Vaccination in Bombay 1913-1923 - 1913-1923
Year: 1913
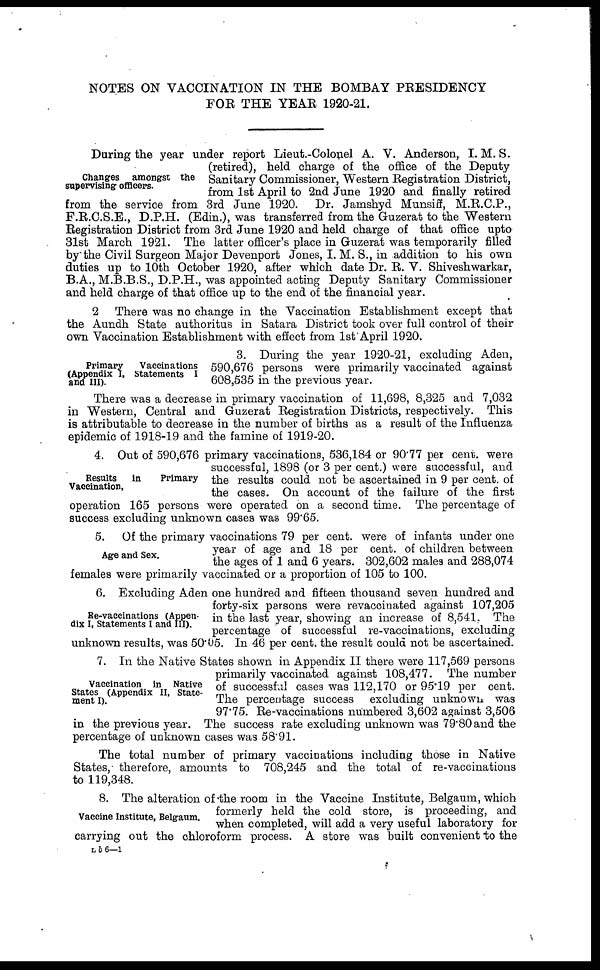
NOTES ON VACCINATION IN THE BOMBAY PRESIDENCY
FOR THE YEAR 1920-21.
Changes amongst the
supervising officers.
During the year under report Lieut.-Colonel A. V. Anderson, I. M. S.
(retired), held charge of the office of the Deputy
Sanitary Commissioner, Western Registration District,
from 1st April to 2nd June 1920 and finally retired
from the service from 3rd June 1920. Dr. Jamshyd Munsiff, M.R.C.P.,
F.R.C.S.E., D.P.H. (Edin.), was transferred from the Guzerat to the Western
Registration District from 3rd June 1920 and held charge of that office upto
31st March 1921. The latter officer's place in Guzerat was temporarily filled
by the Civil Surgeon Major Devenport Jones, I. M. S., in addition to his own
duties up to 10th October 1920, after which date Dr. R. V. Shiveshwarkar,
B.A., M.B.B.S., D.P.H., was appointed acting Deputy Sanitary Commissioner
and held charge of that office up to the end of the financial year.
2 There was no change in the Vaccination Establishment except that
the Aundh State authoritus in Satara District took over full control of their
own Vaccination Establishment with effect from 1st April 1920.
Primary Vaccinations
(Appendix I, statements I
and III).
3. During the year 1920-21, excluding Aden,
590,676 persons were primarily vaccinated against
608,535 in the previous year.
There was a decrease in primary vaccination of 11,698, 8,325 and 7,032
in Western, Central and Guzerat Registration Districts, respectively. This
is attributable to decrease in the number of births as a result of the Influenza
epidemic of 1918-19 and the famine of 1919-20.
Results in
Primary
Vaccination,
4. Out of 590,676 primary vaccinations, 536,184 or 90.77 per cent. were
successful, 1898 (or 3 per cent.) were successful, and
the results could not be ascertained in 9 per cent. of
the cases. On account of the failure of the first
operation 165 persons were operated on a second time. The percentage of
success excluding unknown cases was 99.65.
Age and Sex.
5. Of the primary vaccinations 79 per cent. were of infants under one
year of age and 18 per cent. of children between
the ages of 1 and 6 years. 302,602 males and 288,074
females were primarily vaccinated or a proportion of 105 to 100.
Re-vaccinations (Appen-
dix I, Statements I and III).
6. Excluding Aden one hundred and fifteen thousand seven hundred and
forty-six persons were revaccinated against 107,205
in the last year, showing an increase of 8,541. The
percentage of successful re-vaccinations, excluding
unknown results, was 50.05. In 46 per cent. the result could not be ascertained.
Vaccination in Native
States (Appendix II, State-
ment I).
7. In the Native States shown in Appendix II there were 117,569 persons
primarily vaccinated against 108,477. The number
of successful cases was 112,170 or 95.19 per cent.
The percentage success excluding unknown was
97.75. Re-vaccinations numbered 3,602 against 3,506
in the previous year. The success rate excluding unknown was 79.80 and the
percentage of unknown cases was 58.91.
The total number of primary vaccinations including those in Native
States, therefore, amounts to 708,245 and the total of re-vaccinations
to 119,348.
Vaccine Institute, Belgaum.
8. The alteration of the room in the Vaccine Institute, Belgaum, which
formerly held the cold store, is proceeding, and
when completed, will add a very useful laboratory for
carrying out the chloroform process. A store was built convenient to the
L b 6—1